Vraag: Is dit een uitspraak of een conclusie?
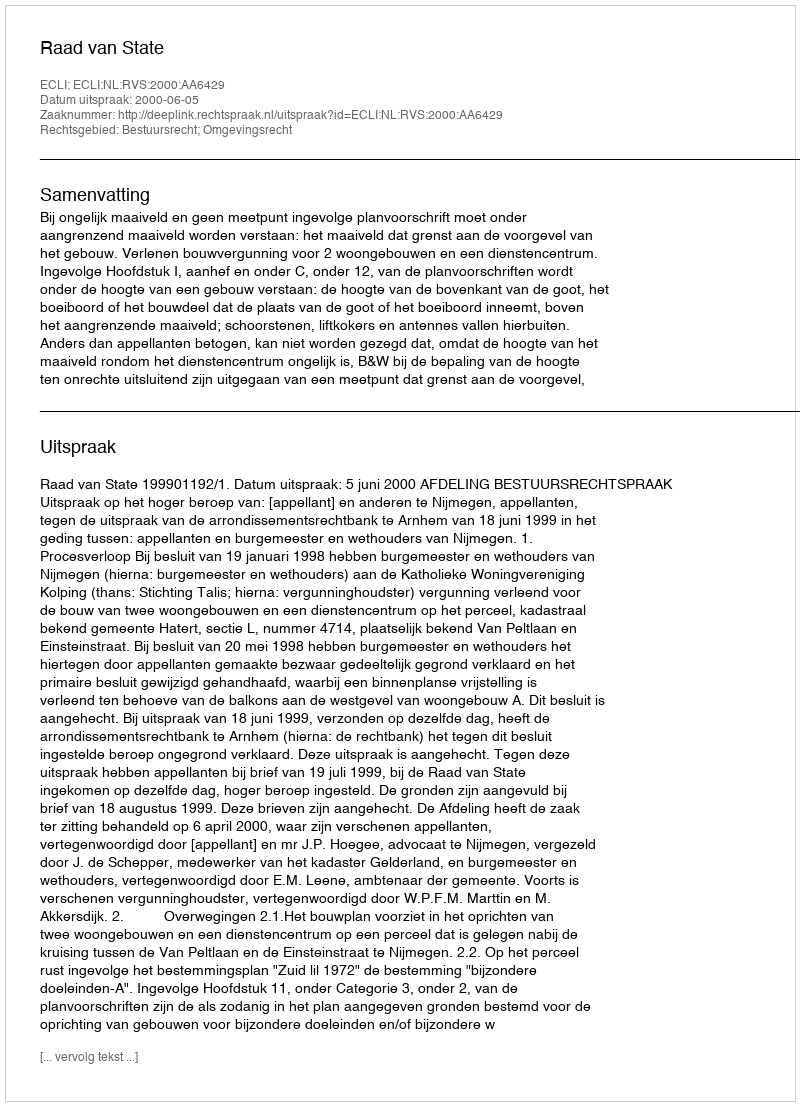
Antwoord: Uitspraak